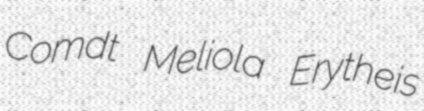
Comdt Meliola Erytheis